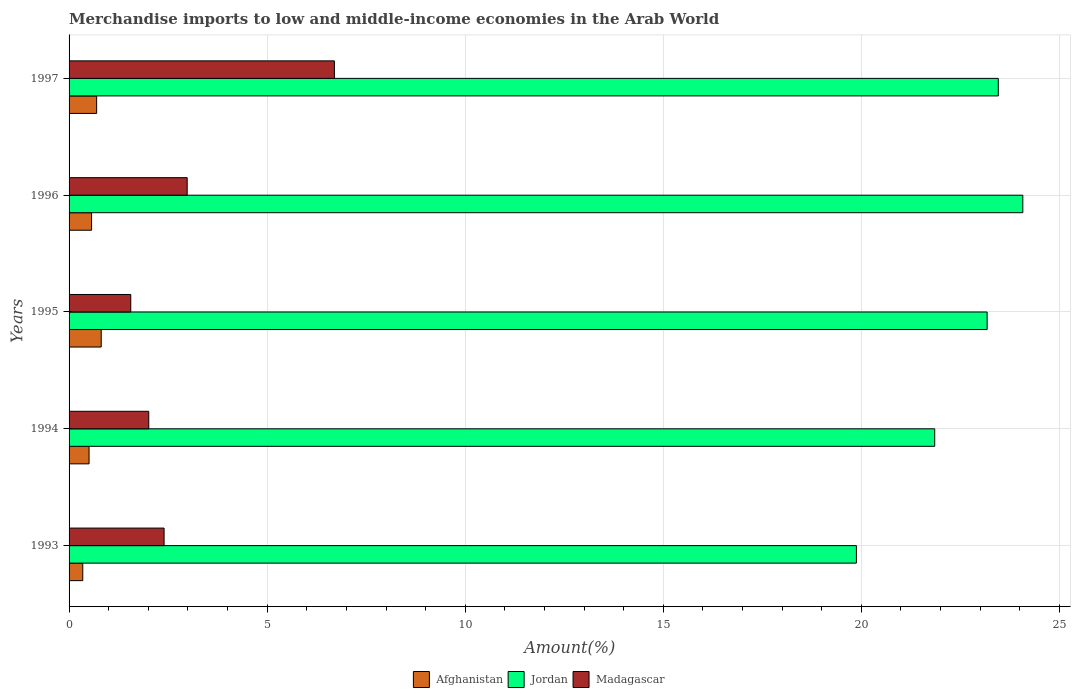
| Years | Afghanistan | Jordan | Madagascar |
 | --- | --- | --- | --- |
 | 1993 | 0.346 | 19.9 | 2.4 |
 | 1994 | 0.505 | 21.9 | 2.01 |
 | 1995 | 0.811 | 23.2 | 1.56 |
 | 1996 | 0.568 | 24.1 | 2.98 |
 | 1997 | 0.696 | 23.5 | 6.7 |